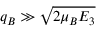
q _ { B } \gg \sqrt { 2 \mu _ { B } E _ { 3 } }